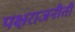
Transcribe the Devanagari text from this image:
पक्षराजनीती